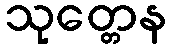
သုတ္တေန